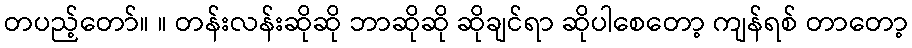
တပည့်တော်။ ။ တန်းလန်းဆိုဆို ဘာဆိုဆို ဆိုချင်ရာ ဆိုပါစေတော့ ကျန်ရစ် တာတော့